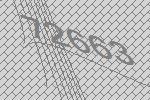
72663